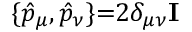
\{ \hat { p } _ { \mu } , \hat { p } _ { \nu } \} { = } 2 \delta _ { \mu \nu } \mathbf { I }